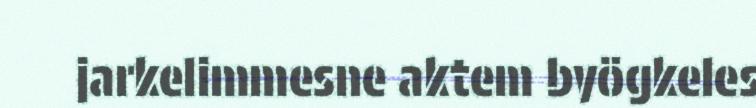
jarkelimmesne aktem byögkeles